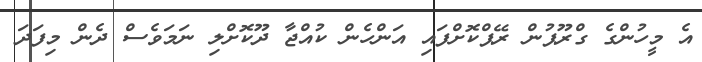
އެ މީހުންގެ ގްރޫޕުން ރޭޕްކޮށްފައި އަންހެން ކުއްޖާ ދޫކޮށްލި ނަމަވެސް ދެން މިފަދަ